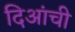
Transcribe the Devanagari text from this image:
दिआंची